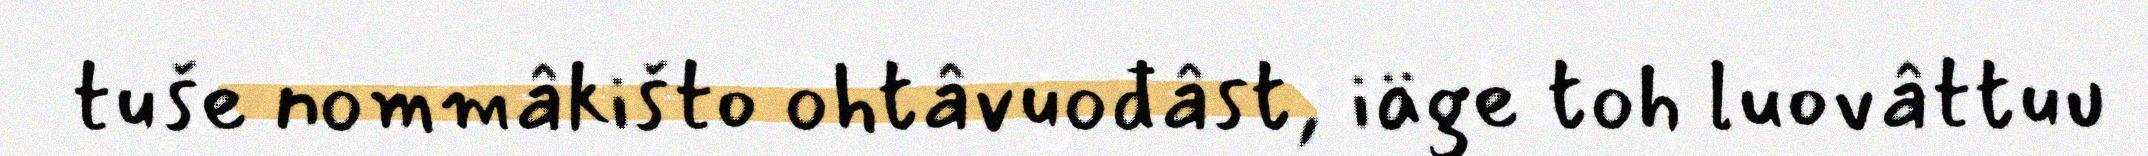
tuše nommâkišto ohtâvuođâst, iäge toh luovâttuu